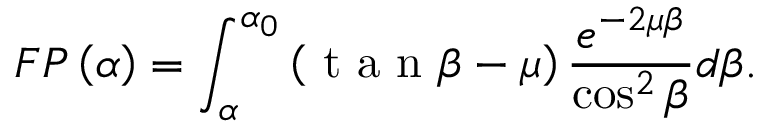
F P \left( \alpha \right) = \int _ { \alpha } ^ { \alpha _ { 0 } } { \left( { \mathrm { ~ t ~ a ~ n ~ } \beta - \mu } \right) \frac { e ^ { - 2 \mu \beta } } { \cos ^ { 2 } \beta } d \beta } .